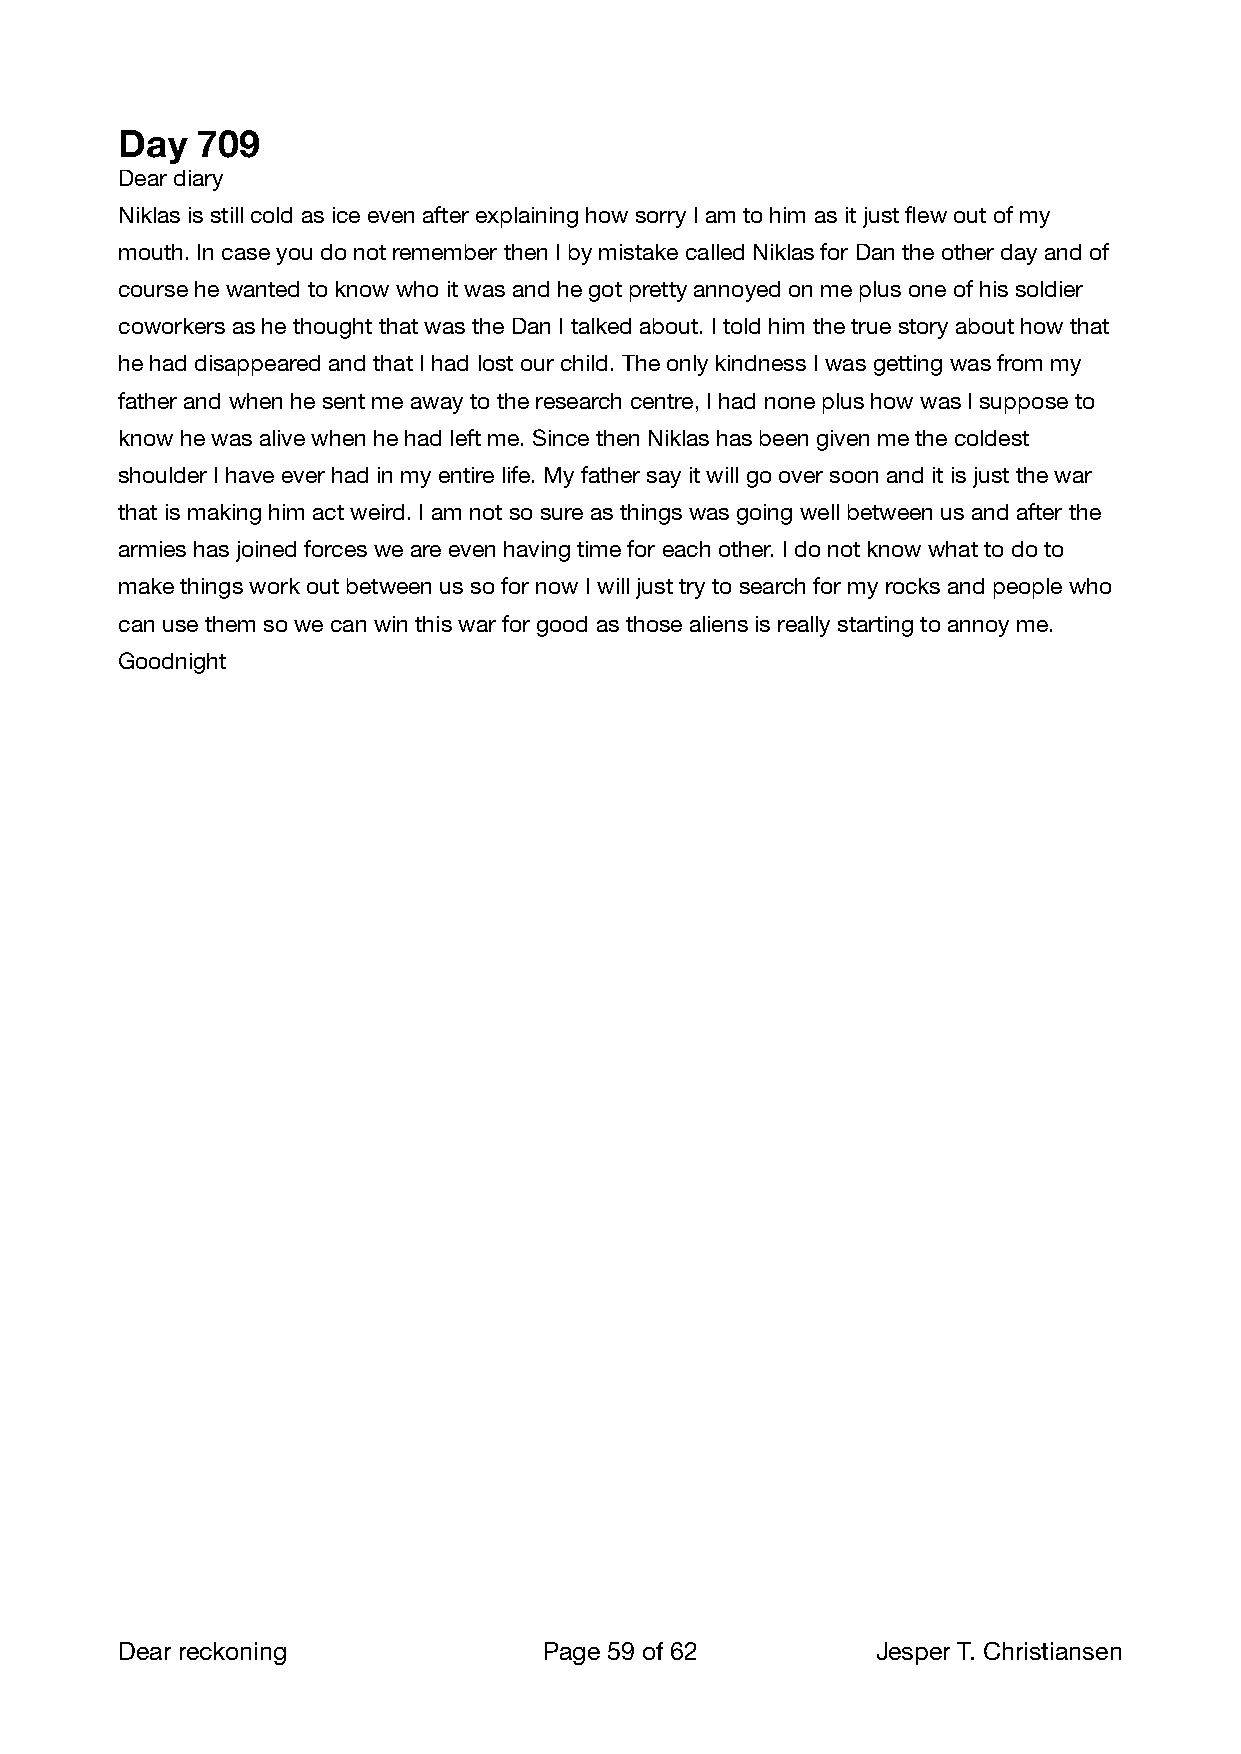
Day  709
 Dear diary
 Niklas is still cold as ice even after explaining how sorry I am to him as it just flew out of my
 mouth. In case you do not remember then I by mistake called Niklas for Dan the other day and of
 course he wanted to know who it was and he got pretty annoyed on me plus one of his soldier
 coworkers as he thought that was the Dan I talked about. I told him the true story about how that
 he had disappeared and that I had lost our child. The only kindness I was getting was from my
 father and when he sent me away to the research centre, I had none plus how was I suppose to
 know he was alive when he had left me. Since then Niklas has been given me the coldest
 shoulder I have ever had in my entire life. My father say it will go over soon and it is just the war
 that is making him act weird. I am not so sure as things was going well between us and after the
 armies has joined forces we are even having time for each other. I do not know what to do to
 make things work out between us so for now I will just try to search for my rocks and people who
 can use them so we can win this war for good as those aliens is really starting to annoy me.
 Goodnight
 Dear reckoning              Page 59 of 62        Jesper T. Christiansen